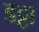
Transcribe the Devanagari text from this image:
डट्टा